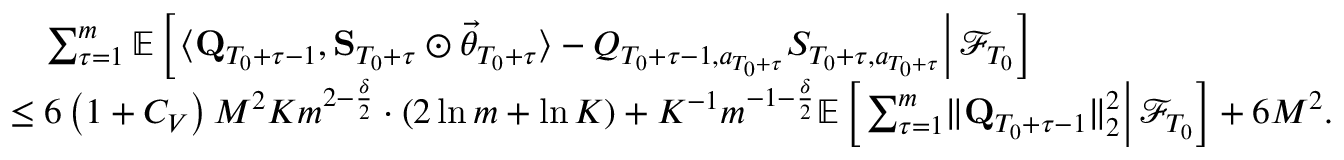
\begin{array} { r l } & { \quad \sum _ { \tau = 1 } ^ { m } \mathbb E \left[ \left. \langle \mathbf Q _ { T _ { 0 } + \tau - 1 } , \mathbf S _ { T _ { 0 } + \tau } \odot \vec { \theta } _ { T _ { 0 } + \tau } \rangle - Q _ { T _ { 0 } + \tau - 1 , a _ { T _ { 0 } + \tau } } S _ { T _ { 0 } + \tau , a _ { T _ { 0 } + \tau } } \right\rvert \mathcal F _ { T _ { 0 } } \right] } \\ & { \le 6 \left( 1 + C _ { V } \right) M ^ { 2 } K m ^ { 2 - \frac \delta 2 } \cdot \left( 2 \ln m + \ln K \right) + K ^ { - 1 } m ^ { - 1 - \frac \delta 2 } \mathbb E \left[ \left. \sum _ { \tau = 1 } ^ { m } \lVert \mathbf Q _ { T _ { 0 } + \tau - 1 } \rVert _ { 2 } ^ { 2 } \right\rvert \mathcal F _ { T _ { 0 } } \right] + 6 M ^ { 2 } . } \end{array}